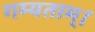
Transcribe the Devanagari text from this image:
गम्यताम्।